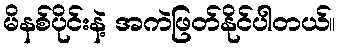
မိနစ်ပိုင်းနဲ့ အကဲဖြတ်နိုင်ပါတယ်။